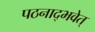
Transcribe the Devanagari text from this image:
पठनाद्भवेत्